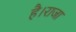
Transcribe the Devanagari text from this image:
है।राजा